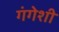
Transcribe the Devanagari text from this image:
गंगेशी